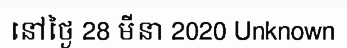
នៅថ្ងៃ 28 មីនា 2020 Unknown